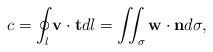
LaTeX: \begin{align*}c=\oint_l\mathbf{v}\cdot \mathbf{t}dl=\iint_{\sigma}\mathbf{w}\cdot\mathbf{n}d\sigma,\end{align*}